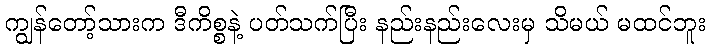
ကျွန်တော့်သားက ဒီကိစ္စနဲ့ ပတ်သက်ပြီး နည်းနည်းလေးမှ သိမယ် မထင်ဘူး